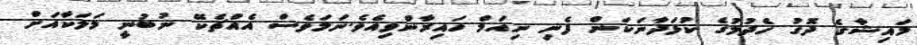
މައިޝާގެ ދޮގު ހެދުމުގެ ކުޅަދާނަކަން ފެނި ނިއަމް ހައިރާންވިއެވެ.ނަމަވެސް އެއްޗެކޭ ނުބުނީ މަލަކާއަށް